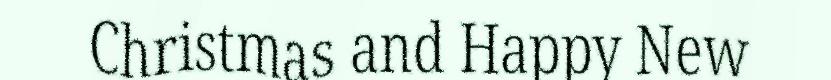
Christmas and Happy New